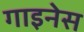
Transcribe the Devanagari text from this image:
गाइनेस